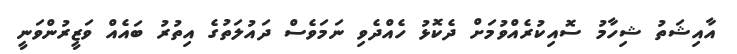
އާއިޝަތު ޝިހާމު ސޮއިކުރެއްވުމަށް ދެކޮޅު ހެއްދެވި ނަމަވެސް ދައުލަތުގެ އިތުރު ބައެއް ވަޒީރުންވަނީ